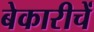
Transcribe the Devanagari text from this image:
बेकारीचें